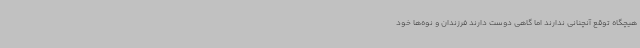
هیچگاه توقع آنچنانی ندارند اما گاهی دوست دارند فرزندان و نوه‌ها خود